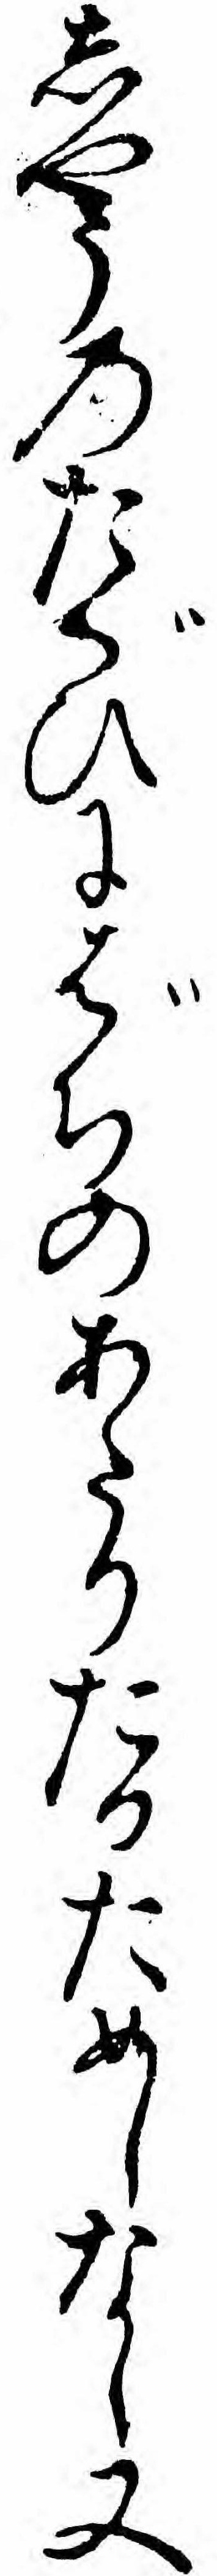
しやうのたぐひにばちのあたりたるためしなし又